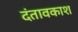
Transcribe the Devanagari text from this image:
दंतावकाश